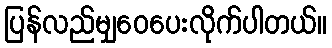
ပြန်လည်မျှဝေပေးလိုက်ပါတယ်။